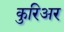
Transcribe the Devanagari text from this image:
कुरिअर